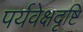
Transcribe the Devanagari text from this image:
पर्यवेक्षदृष्टि